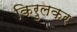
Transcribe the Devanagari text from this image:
किरुलकर